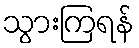
သွားကြရန်